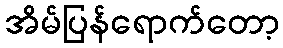
အိမ်ပြန်ရောက်တော့